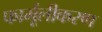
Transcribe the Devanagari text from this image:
फार्मूलीकरण